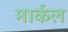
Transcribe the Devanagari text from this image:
मार्कल